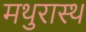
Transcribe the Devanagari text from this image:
मथुरास्थ